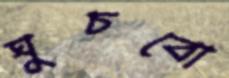
ঘুচবো